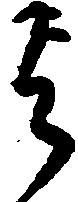
与